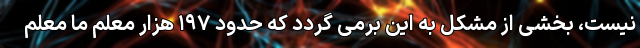
نیست، بخشی از مشکل به این برمی گردد که حدود ۱۹۷ هزار معلم ما معلم